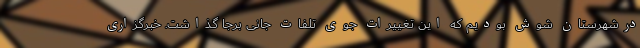
درشهرستان شوش بودیم که این تغییرات جوی تلفات جانی برجا گذاشت. خبرگزاری